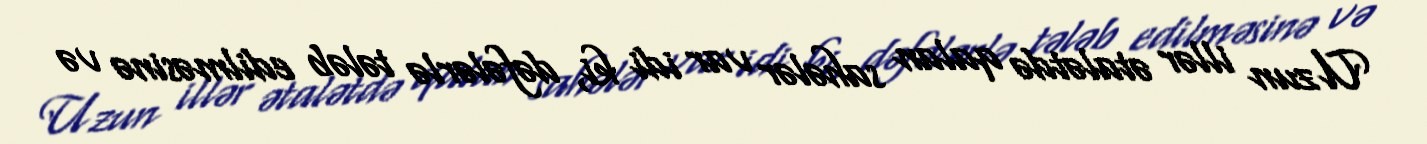
Uzun illər ətalətdə qalan sahələr var idi ki, dəfələrlə tələb edilməsinə və